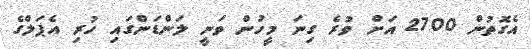
އެގޮތުން 2700 އަށް ވުރެ ގިނަ މީހުން ވަނީ ލަންޑަންގައި ހުރި އެޕަލްގެ